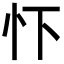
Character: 𢗄